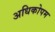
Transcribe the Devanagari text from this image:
अधिकोपम